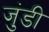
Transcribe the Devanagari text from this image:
जुंडी